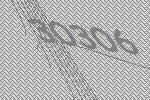
30306